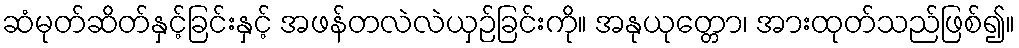
ဆံမုတ်ဆိတ်နှင့်ခြင်းနှင့် အဖန်တလဲလဲယှဉ်ခြင်းကို။ အနုယုတ္တော၊ အားထုတ်သည်ဖြစ်၍။